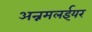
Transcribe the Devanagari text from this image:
अन्नमलईयर